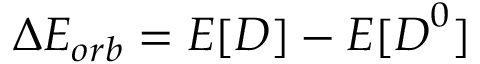
\Delta E _ { o r b } = E [ \boldsymbol { D } ] - E [ \boldsymbol { D } ^ { 0 } ]